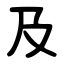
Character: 及